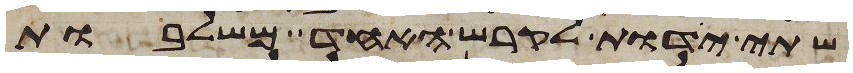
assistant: שתי ידות לקרש האחד משלבות